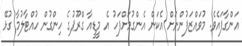
އަންގާފައެވެ. މުވައްޒަފުންނަށް އެކަން އެންގުމަށްފަހު އެ މީޑީއާ ގްރޫޕުގެ ހިންގުން ހުއްޓާލުމާ ގުޅޭ